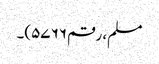
مسلم، رقم ۵۷۶۶)۔